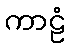
ကာဠံ